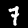
Digit: 7